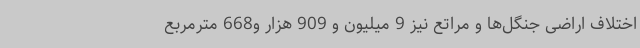
اختلاف اراضی جنگل‌ها و مراتع نیز 9 میلیون و 909 هزار و668 مترمربع